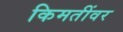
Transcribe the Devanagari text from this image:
किमतींवर